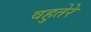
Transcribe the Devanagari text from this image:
वहुतेरे